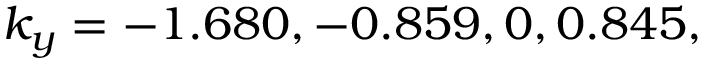
k _ { y } = - 1 . 6 8 0 , - 0 . 8 5 9 , 0 , 0 . 8 4 5 ,